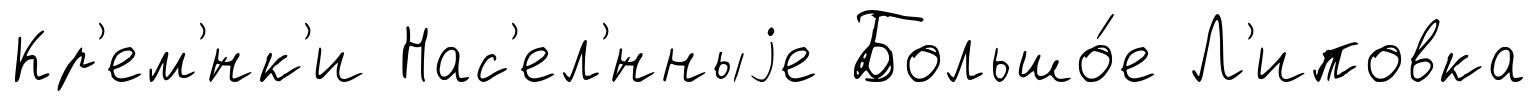
Кр'ем'́нк'и Нас'ел'́нныjе Большо́е Л'иповка